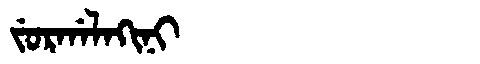
Manchu: ᠵᡠᡵᡤᠠᠯᠠᡴᡳᠨᡳ
Romanization: JURGALAKINI